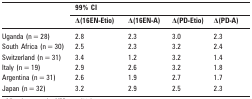
<table><thead><tr><td rowspan="2"></td><td colspan="4"><b>99% CI</b></td></tr><tr><td><b>Δ(16EN-Etio)</b></td><td><b>Δ(16EN-A)</b></td><td><b>Δ(PD-Etio)</b></td><td><b>Δ(PD-A)</b></td></tr></thead><tbody><tr><td>Uganda (n = 28)</td><td>2.8</td><td>2.3</td><td>3.0</td><td>2.3</td></tr><tr><td>South Africa (n = 30)</td><td>2.5</td><td>2.3</td><td>3.2</td><td>2.4</td></tr><tr><td>Switzerland (n = 31)</td><td>3.4</td><td>1.2</td><td>3.2</td><td>1.4</td></tr><tr><td>Italy (n = 19)</td><td>2.9</td><td>2.6</td><td>3.2</td><td>1.8</td></tr><tr><td>Argentina (n = 31)</td><td>2.6</td><td>1.9</td><td>2.7</td><td>1.7</td></tr><tr><td>Japan (n = 32)</td><td>3.2</td><td>2.9</td><td>2.5</td><td>2.3</td></tr></tbody></table>